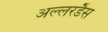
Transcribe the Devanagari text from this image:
अल्लरडैस